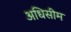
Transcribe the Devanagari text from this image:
अधिसीम